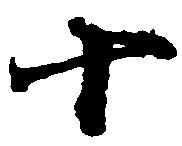
十